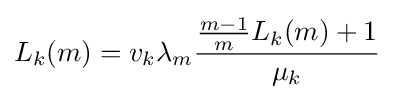
L_{k}(m)=v_{k}\lambda _{m}{\frac {{\frac {m-1}{m}}L_{k}(m)+1}{\mu _{k}}}